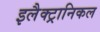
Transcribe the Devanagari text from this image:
इलैक्ट्रानिकल